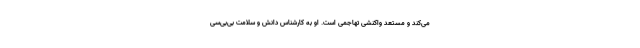
می‌کند و مستعد واکنشی تهاجمی است. او به کارشناس دانش و سلامت بی‌بی‌سی